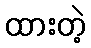
ထားတဲ့